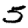
Digit: 5